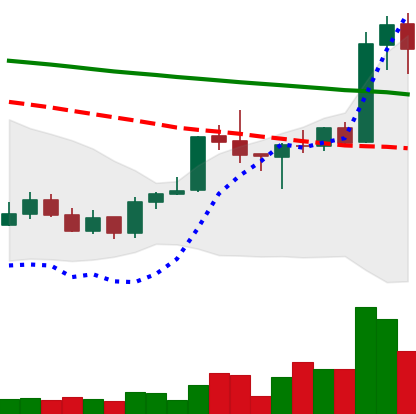
Ticker: ADA-USD
Chart end date: 2020-01-16
Forward return: 11.109%
Label: up_7plus